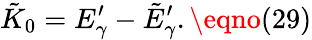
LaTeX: \tilde{K}_{0}=E_{\gamma}^{\prime}-\tilde{E}_{\gamma}^{\prime}.\eqno(29)